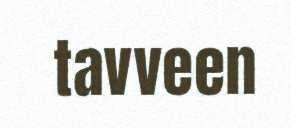
tavveen